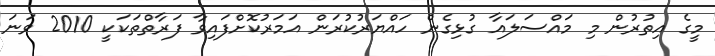
މީގެ އިތުރުން މި މައްސަލައާ ގުޅިގެން ހައްޔަރުކުރަން އަމަރުކޮށްފައިވާ ފަރާތްތަކަކީ 2010 ވަނަ